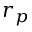
r _ { p }